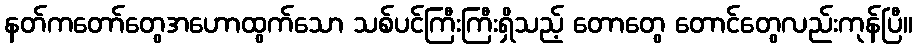
နတ်ကတော်တွေအဟောထွက်သော သစ်ပင်ကြီးကြီးရှိသည့် တောတွေ တောင်တွေလည်းကုန်ပြီ။